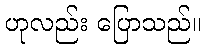
ဟုလည်း ပြောသည်။